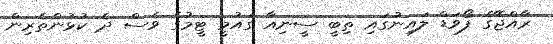
ރާއްޖޭގެ ފޯވަޑް ލައިނުގައި ތިބީ ސީނިއާ ގައުމީ ޓީމުގެ ވެސް ދެ ކުޅުންތެރިން